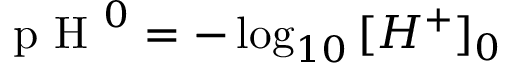
\textrm { p H } ^ { 0 } = - \log _ { 1 0 } { [ H ^ { + } ] _ { 0 } }